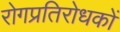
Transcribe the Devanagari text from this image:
रोगप्रतिरोधकों